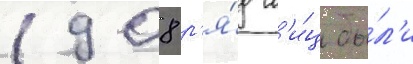
1908 р'я́д л'и́ц бы́л'и